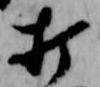
打